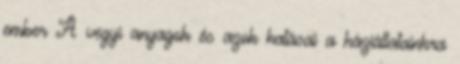
ember A vegyi anyagok és azok hatásai a háziállatainkra